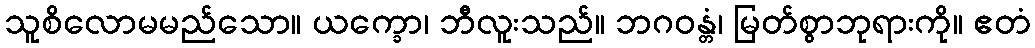
သူစိလောမမည်သော။ ယက္ခော၊ ဘီလူးသည်။ ဘဂဝန္တံ၊ မြတ်စွာဘုရားကို။ ဧတံ